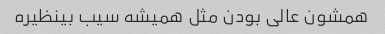
همشون عالی بودن مثل همیشه سیب بینظیره